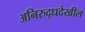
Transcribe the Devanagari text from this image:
अनिरुद्धदेखील